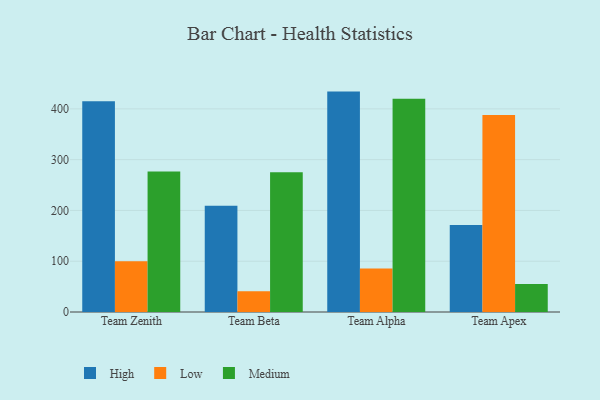
{"axis": {"x": "Team", "y": "Revenue (USD Million)"}, "legend": ["High", "Low", "Medium"], "data": [{"x": "Team Zenith", "y": 414.8, "type": "High"}, {"x": "Team Zenith", "y": 100.0, "type": "Low"}, {"x": "Team Zenith", "y": 276.9, "type": "Medium"}, {"x": "Team Beta", "y": 209.1, "type": "High"}, {"x": "Team Beta", "y": 41.0, "type": "Low"}, {"x": "Team Beta", "y": 275.4, "type": "Medium"}, {"x": "Team Alpha", "y": 434.0, "type": "High"}, {"x": "Team Alpha", "y": 85.5, "type": "Low"}, {"x": "Team Alpha", "y": 420.0, "type": "Medium"}, {"x": "Team Apex", "y": 171.5, "type": "High"}, {"x": "Team Apex", "y": 387.7, "type": "Low"}, {"x": "Team Apex", "y": 55.2, "type": "Medium"}]}